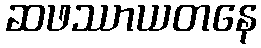
ဆဖဿာယတနေ